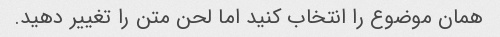
همان موضوع را انتخاب کنید اما لحن متن را تغییر دهید.